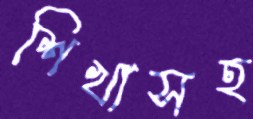
শিখাসহ